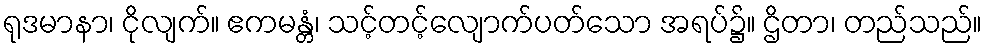
ရုဒမာနာ၊ ငိုလျက်။ ဧကမန္တံ၊ သင့်တင့်လျောက်ပတ်သော အရပ်၌။ ဌိတာ၊ တည်သည်။